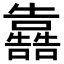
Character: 𭌳